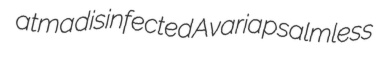
atma disinfected Avaria psalmless